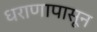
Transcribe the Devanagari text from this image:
धराणापासून